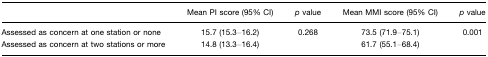
<table><thead><tr><td></td><td><b>Mean PI score (95% CI)</b></td><td><b><i>p</i> value</b></td><td><b>Mean MMI score (95% CI)</b></td><td><b><i>p</i> value</b></td></tr></thead><tbody><tr><td>Assessed as concern at one station or none</td><td>15.7 (15.3–16.2)</td><td>0.268</td><td>73.5 (71.9–75.1)</td><td>0.001</td></tr><tr><td>Assessed as concern at two stations or more</td><td>14.8 (13.3–16.4)</td><td></td><td>61.7 (55.1–68.4)</td><td></td></tr></tbody></table>